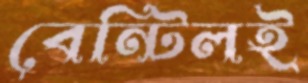
বেন্টিলই